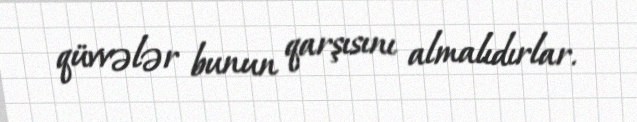
qüvvələr bunun qarşısını almalıdırlar.